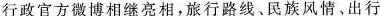
行政官方微博相继亮相，旅行路线、民族风情﹑出行